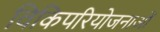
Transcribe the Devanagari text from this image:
विकिपरियोजनाओं